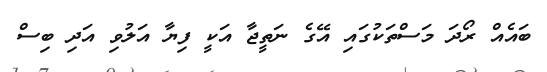
ބައެއް ރޯދަ މަސްތަކުގައި އޭގެ ނަތީޖާ އަކީ ފިޔާ އަލުވި އަދި ބިސް